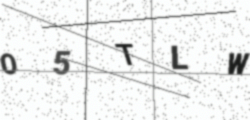
Text: O5TLW